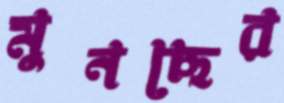
মুনছের